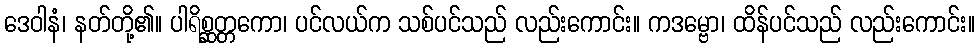
ဒေဝါနံ၊ နတ်တို့၏။ ပါရိစ္ဆတ္တကော၊ ပင်လယ်က သစ်ပင်သည် လည်းကောင်း။ ကဒမ္ဗော၊ ထိန်ပင်သည် လည်းကောင်း။